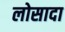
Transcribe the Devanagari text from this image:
लोसादा